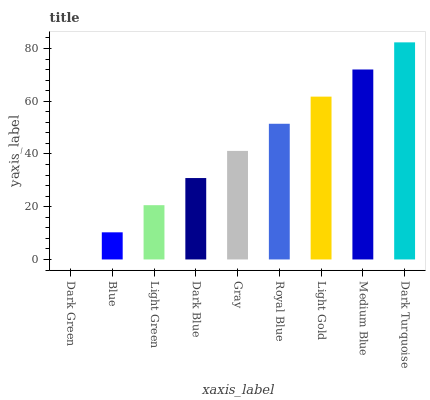
| xaxis_label | bars |
 | --- | --- |
 | Dark Green | 0 |
 | Blue | 10.3 |
 | Light Green | 20.6 |
 | Dark Blue | 30.9 |
 | Gray | 41.2 |
 | Royal Blue | 51.5 |
 | Light Gold | 61.8 |
 | Medium Blue | 72 |
 | Dark Turquoise | 82.3 |